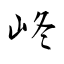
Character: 峂